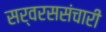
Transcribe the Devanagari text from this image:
सर्वरससंचारी